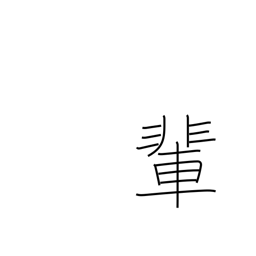
Meaning: companions